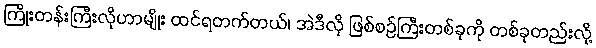
ကြိုးတန်းကြီးလိုဟာမျိုး ထင်ရတက်တယ်၊ အဲဒီလို ဖြစ်စဉ်ကြီးတစ်ခုကို တစ်ခုတည်းလို့